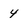
Character: 4